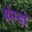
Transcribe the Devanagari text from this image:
बोम्बो